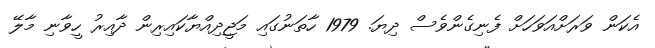
އެކަން ވަރަށްއަވަހަށް ފެނިގެންވެސް ދިޔަ. 1979 ހާތަނުގައި މަޖީދިއްޔާކައިރިން ދާއިރު ހީވާނި މާލޭ